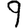
Digit: 9